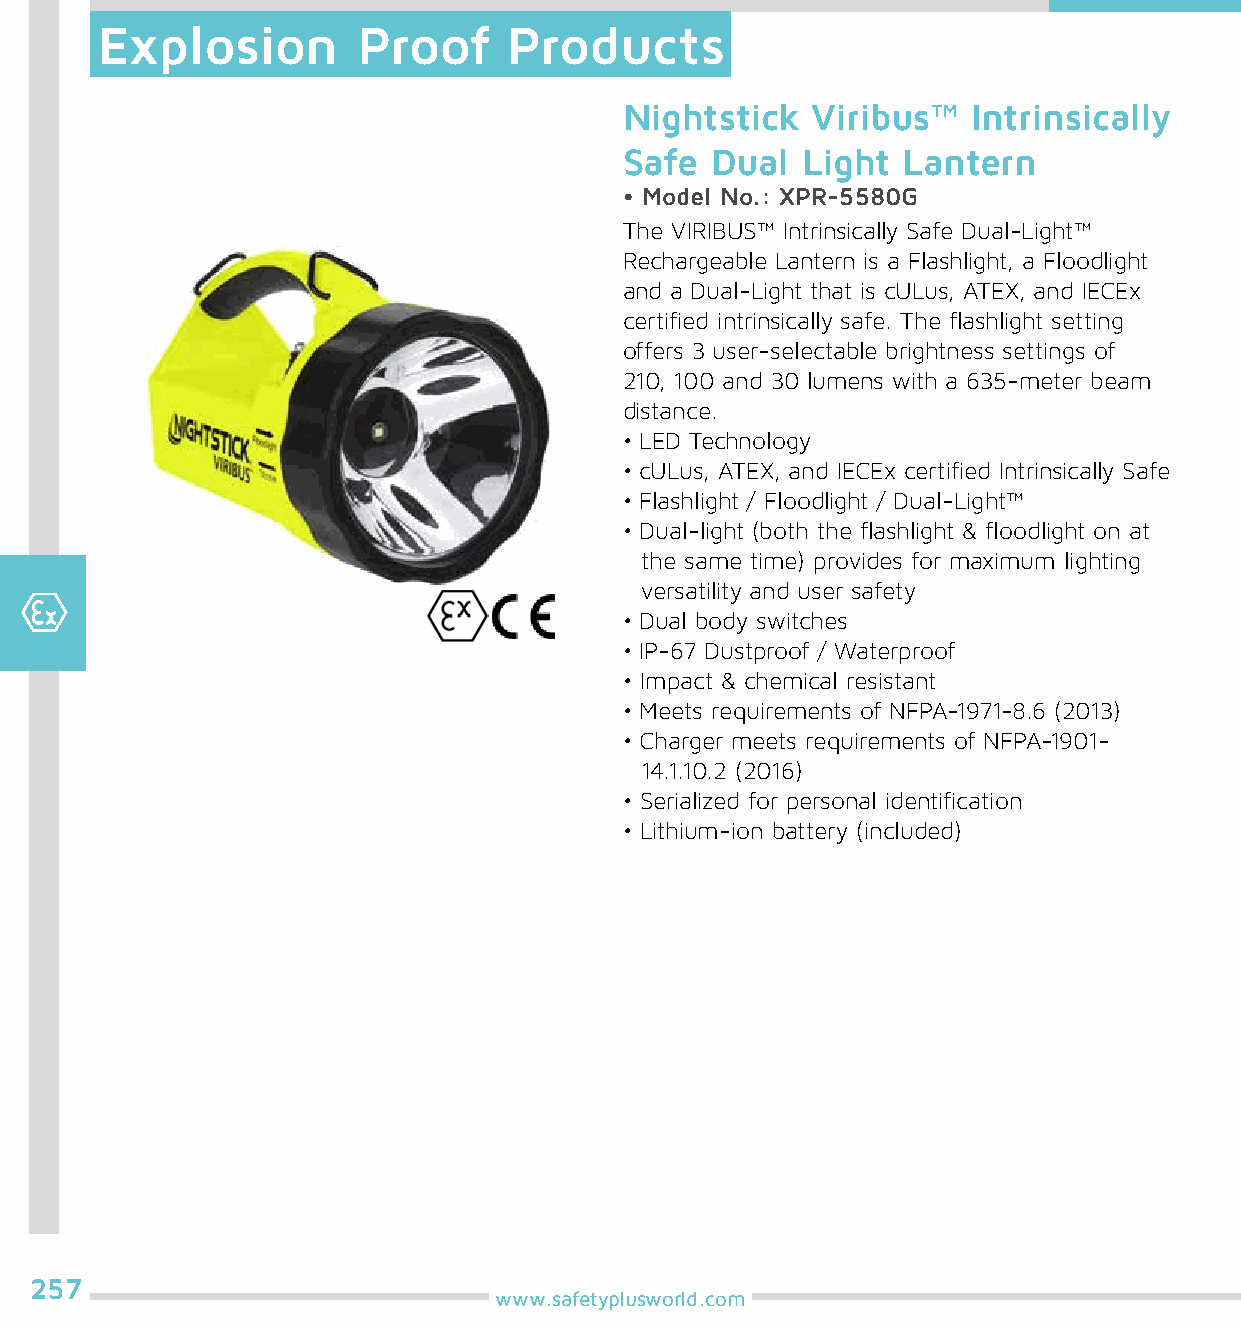
Explosion         Proof     Products
 Nightstick   Viribus™  Intrinsically
 Safe  Dual  Light  Lantern
 • Model No.: XPR-5580G
 The VIRIBUS™ Intrinsically Safe Dual-Light™
 Rechargeable Lantern is a Flashlight, a Floodlight
 and a Dual-Light that is cULus, ATEX, and IECEx
 certified intrinsically safe. The flashlight setting
 offers 3 user-selectable brightness settings of
 210, 100 and 30 lumens with a 635-meter beam
 distance.
 • LED Technology
 • cULus, ATEX, and IECEx certified Intrinsically Safe
 • Flashlight / Floodlight / Dual-Light™
 • Dual-light (both the flashlight & floodlight on at
 the same time) provides for maximum lighting
 versatility and user safety
 • Dual body switches
 • IP-67 Dustproof / Waterproof
 • Impact & chemical resistant
 • Meets requirements of NFPA-1971-8.6 (2013)
 • Charger meets requirements of NFPA-1901-
 14.1.10.2 (2016)
 • Serialized for personal identification
 • Lithium-ion battery (included)
 257
 www.safetyplusworld.com